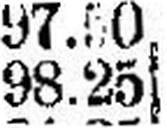
98.25